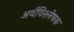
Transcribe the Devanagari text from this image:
अर्थविश्लेषक